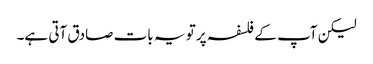
لیکن آپ کے فلسفہ پر تو یہ بات صادق آتی ہے۔